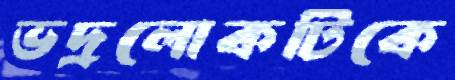
ভদ্রলোকটিকে